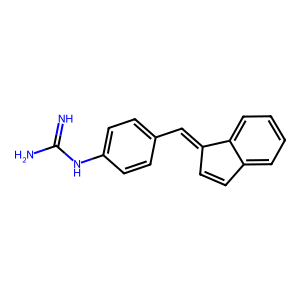
SMILES: N=C(N)Nc1ccc(C=C2C=Cc3ccccc32)cc1
Inhibits HIV replication: No